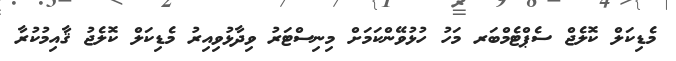
މެޑިކަލް ކޮލެޖް ސެޕްޓެމްބަރ މަހު ހުޅުވޭންކަމަށް މިނިސްޓަރު ވިދާޅުވިއިރު މެޑިކަލް ކޮލެޖު ޤާއިމުކުރާ